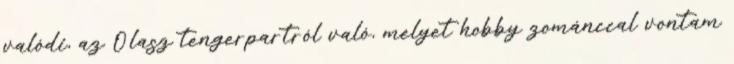
valódi, az Olasz tengerpartról való, melyet hobby zománccal vontam